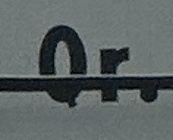
Qr.